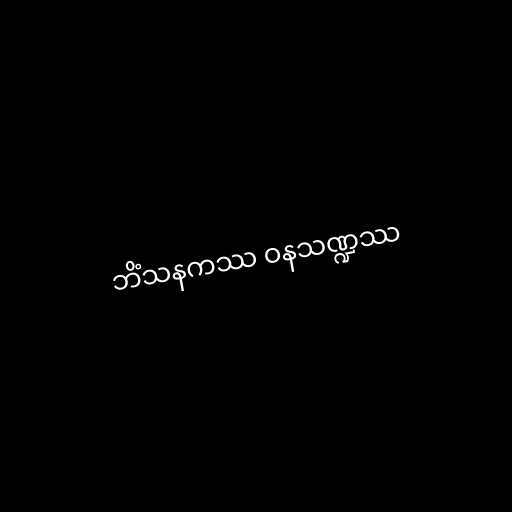
ဘိံသနကဿ ဝနသဏ္ဍဿ